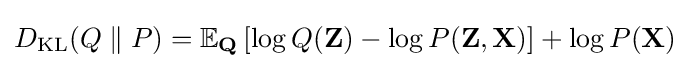
D_{\mathrm {KL} }(Q\parallel P)=\mathbb {E} _{\mathbf {Q} }\left[\log Q(\mathbf {Z} )-\log P(\mathbf {Z} ,\mathbf {X} )\right]+\log P(\mathbf {X} )